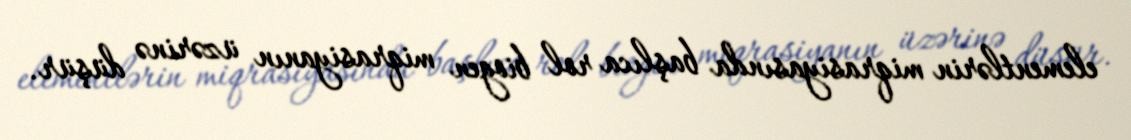
elementlərin miqrasiyasında başlıca rol biogen miqrasiyanın üzərinə düşür.